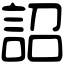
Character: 詔